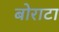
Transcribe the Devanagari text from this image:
बोराटा